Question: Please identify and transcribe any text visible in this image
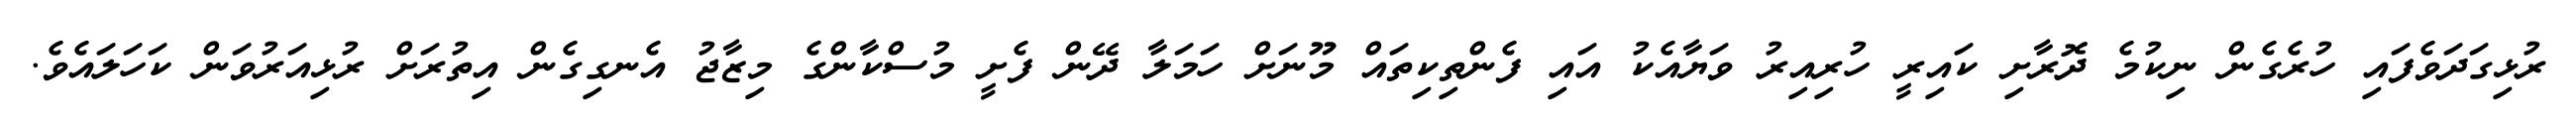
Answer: ރުޅިގަދަވެފައި ހުރެގެން ނިކުމެ ދޮރާށި ކައިރީ ހުރިއިރު ވަޔާއެކު އައި ފެންތިކިތައް މޫނަށް ހަމަލާ ދޭން ފެށީ މުސްކާންގެ މިޒާޖު އެނގިގެން އިތުރަށް ރުޅިއަރުވަން ކަހަލައެވެ.